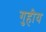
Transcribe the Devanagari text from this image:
गुहीय